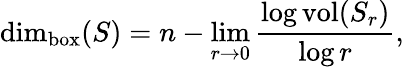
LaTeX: \dim_{\mathrm{box}}(S)=n-\operatorname*{lim}_{r\to 0}{\frac{\log{\mathrm{vol}}(S_{r})}{\log r}},